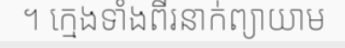
។ ក្មេងទាំងពីរនាក់ព្យាយាម